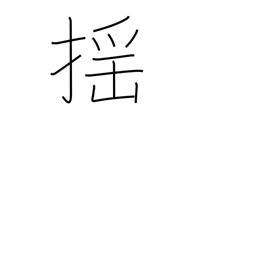
Meaning: tremble